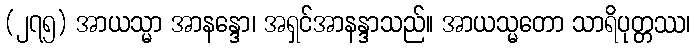
(၂၇၅) အာယသ္မာ အာနန္ဒော၊ အရှင်အာနန္ဒာသည်။ အာယသ္မတော သာရိပုတ္တဿ၊